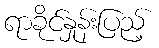
ရာခိုင်နှုန်းပြည့်